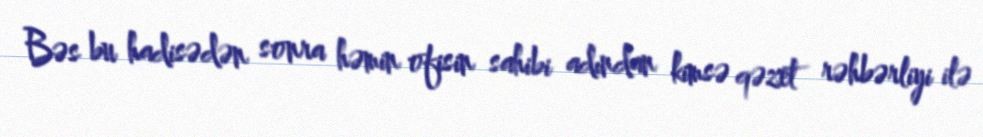
Bəs bu hadisədən sonra həmin ofisin sahibi adından kimsə qəzet rəhbərliyi ilə